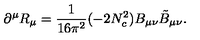
\partial ^ { \mu } R _ { \mu } = \frac { 1 } { 1 6 \pi ^ { 2 } } ( - 2 N _ { c } ^ { 2 } ) B _ { \mu \nu } \tilde { B } _ { \mu \nu } .